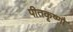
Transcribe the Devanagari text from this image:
पीतकृष्णौ